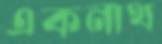
একনাথ